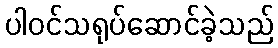
ပါဝင်သရုပ်ဆောင်ခဲ့သည်